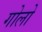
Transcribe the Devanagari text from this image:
गोलो